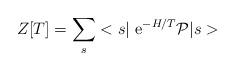
LaTeX: \begin{align*}Z[T]=\sum_s <s\vert {\rm ~e}^{-H/T}{\cal P}\vert s>\end{align*}